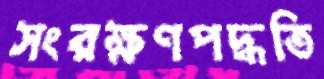
সংরক্ষণপদ্ধতি